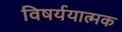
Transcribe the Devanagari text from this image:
विषर्ययात्मक